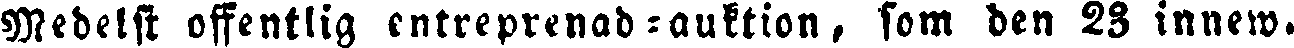
Medelst offentlig entreprenad-auktion, som den 23 innew.